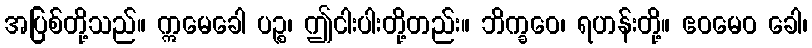
အပြစ်တို့သည်။ ဣမေခေါ ပဉ္စ၊ ဤငါးပါးတို့တည်း။ ဘိက္ခဝေ၊ ရဟန်းတို့။ ဧဝမေဝ ခေါ၊